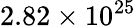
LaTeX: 2.82\times 10^{25}